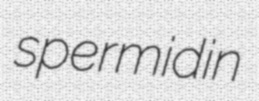
spermidin